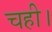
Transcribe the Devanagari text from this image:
चही।